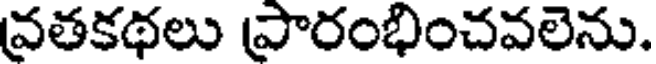
వతకథలు పారంభించవలెను.